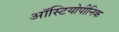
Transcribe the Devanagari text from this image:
ऑस्टियोपीनिक